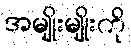
အမျိုးမျိုးကို